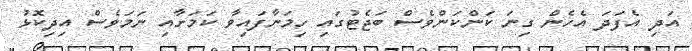
އަދި އެފަދަ އެހެން ގިނަ ކަންކަންވެސް ބަޖެޓުގައި ހިމަނާފައިވާ ކަމަށާއި ނަމަވެސް އިދިކޮޅު